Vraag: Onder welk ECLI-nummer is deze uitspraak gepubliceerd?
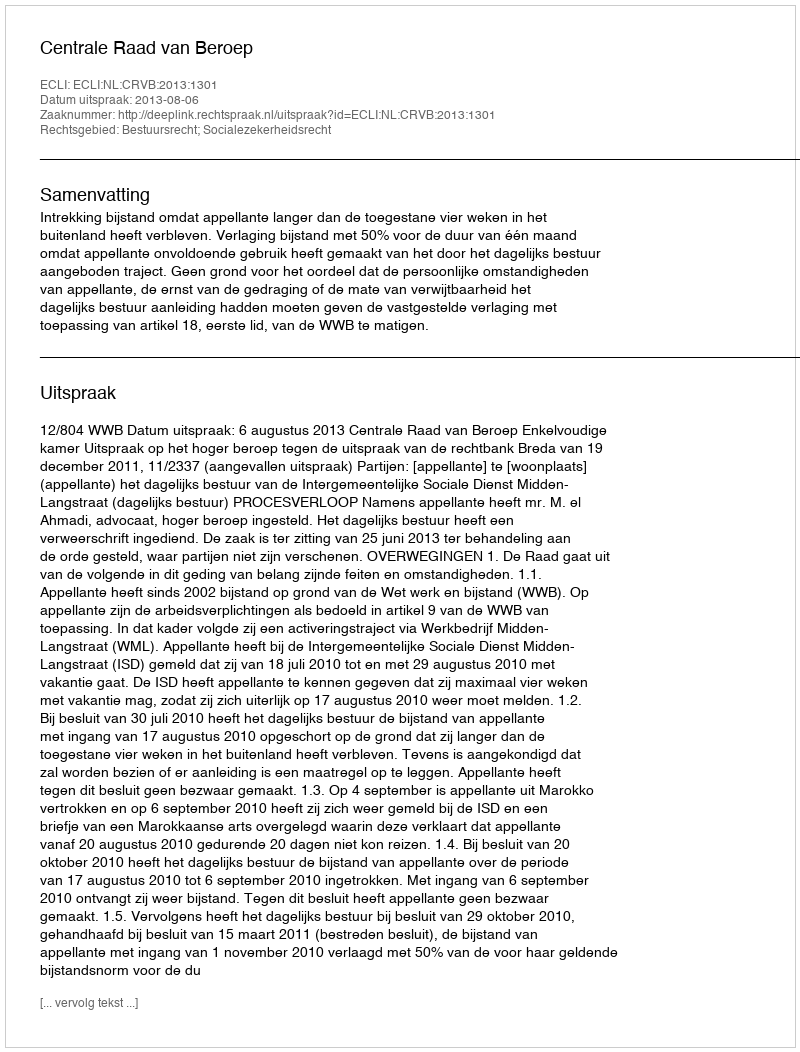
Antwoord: ECLI:NL:CRVB:2013:1301